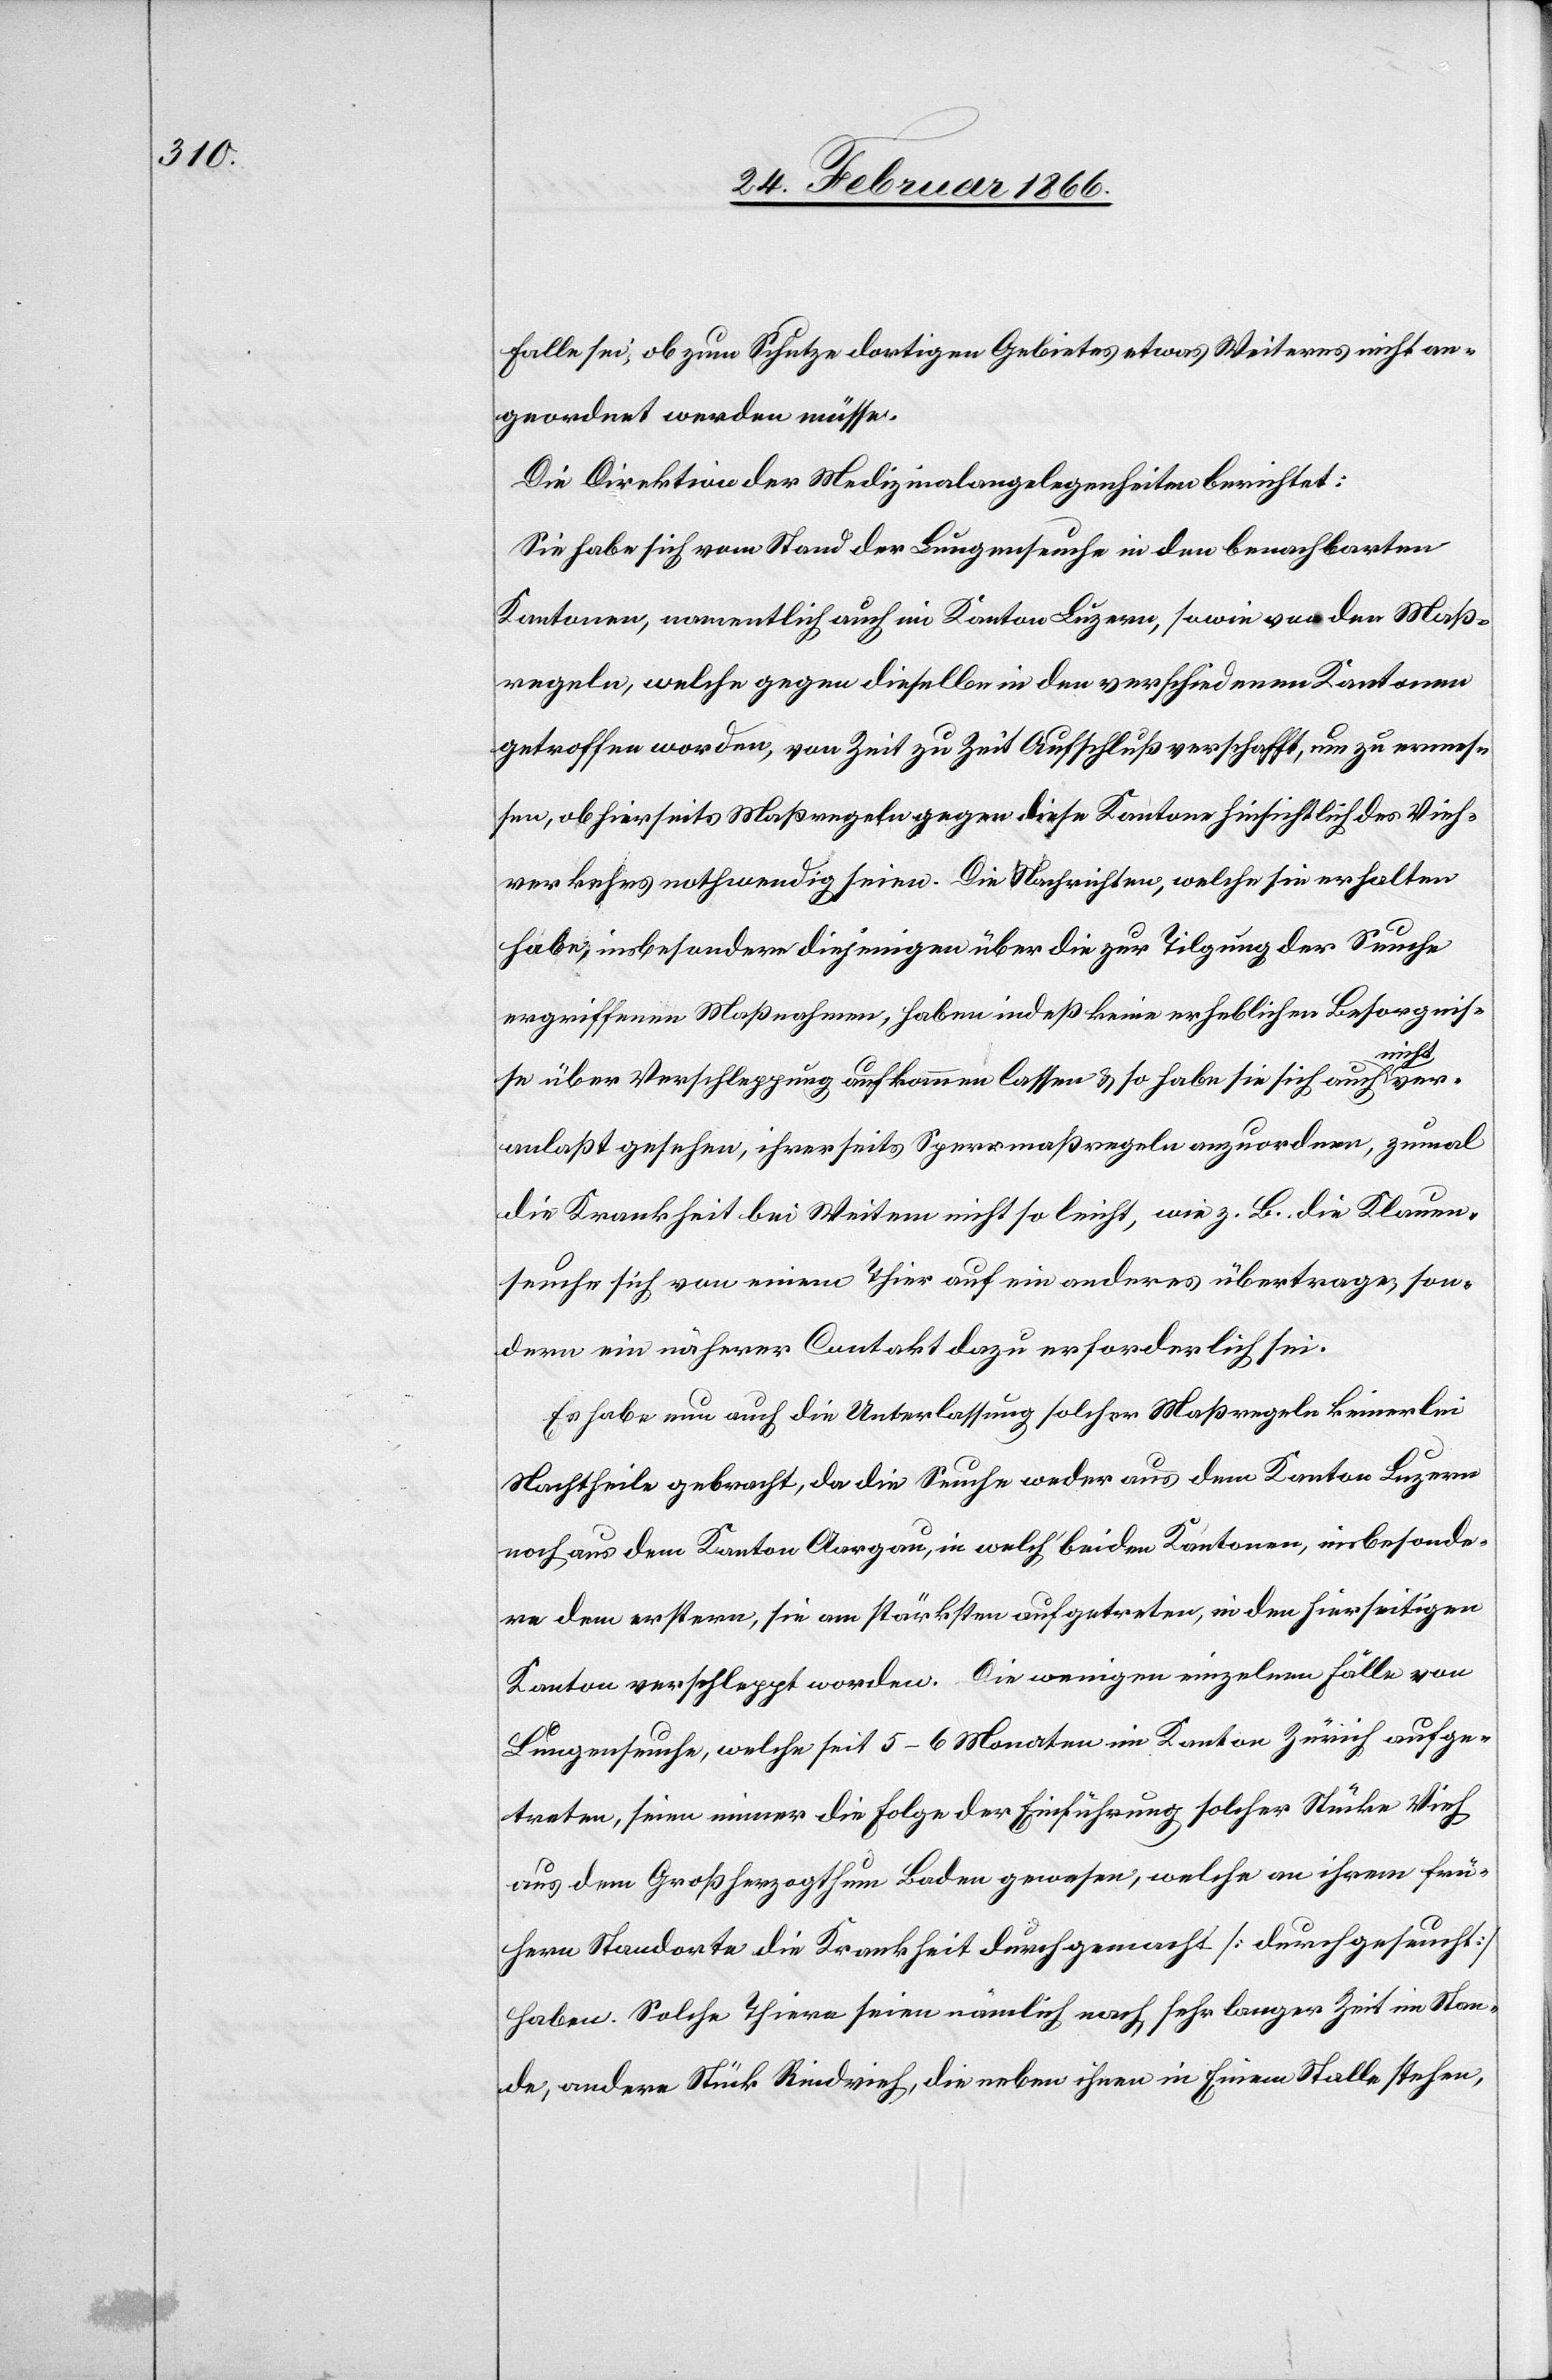
Falle sei, ob zum Schutze dortigen Gebietes etwas Weiteres nicht an¬
geordnet werden müsse.
Die Direktion der Medizinalangelegenheiten berichtet:
Sie habe sich vom Stand der Lungenseuche in den benachbarten
Kantonen, namentlich auch im Kanton Luzern, sowie von den Maß¬
regeln, welche gegen dieselbe in den verschiedenen Kantonen
getroffen worden, von Zeit zu Zeit Aufschluß verschafft, um zu ermes¬
sen, ob hierseits Maßregeln gegen diese Kantone hinsichtlich des Vieh¬
verkaufes nothwendig seien. Die Nachrichten, welche sie erhalten
habe, insbesondere diejenigen über die zur Tilgung der Seuche
ergriffenen Maßnahmen, haben indeß keine erhebliche Besorgnis¬
nicht
ver¬
se über Verschleppung aufkommen lassen u. so habe sie sich auch
anlaßt gesehen, ihrerseits Sperrmaßregeln anzuordnen, zumal
die Krankheit bei Weitem nicht so leicht, wie z. B. die Klauen¬
seuche sich von einem Thier auf ein anderes übertrage, son¬
dern ein näherer Contakt dazu erforderlich sei.
Es habe nun auch die Unterlassung solcher Maßregeln keinerlei
Nachtheile gebracht, da die Seuche weder aus dem Kanton Luzern
noch aus dem Kanton Aargau, in welch beiden Kantonen, insbesonde¬
re dem erstern, sie am stärksten aufgetreten, in den hierseitigen
Kanton verschleppt worden. Die wenigen einzelnen Fälle von
Lungenseuche, welche seit 5–6 Monaten im Kanton Zürich aufge¬
treten, seien immer die Folge der Einführung solcher Stücke Vieh
aus dem Großherzogtum Baden gewesen, welche an ihrem frü¬
hern Standorte die Krankheit durchgemacht [durchgeseucht]
haben. Solche Thiere seien nämlich nach sehr langer Zeit im Stan¬
de, andere Stücke Rindvieh, die neben ihnen in Einem Stalle stehen